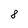
Character: 8